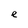
Character: e